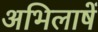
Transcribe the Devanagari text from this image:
अभिलाषें